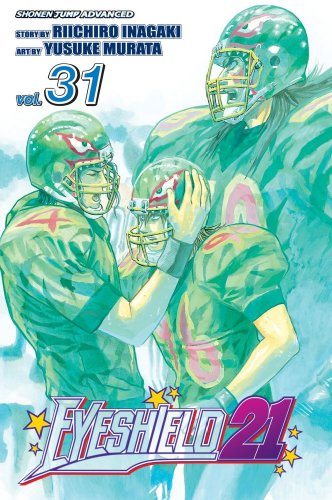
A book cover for Eyeshield 21, Vol. 31; Riichiro Inagaki; Comics & Graphic Novels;